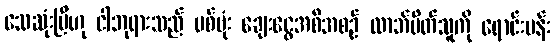
သေဆုံးပြီဟု ငါဘုရားသည် ပစ်ဗုံး ချေးငွေအစီအစဉ် လာဘ်ပိတ်သူကို ရောင်းပန်း